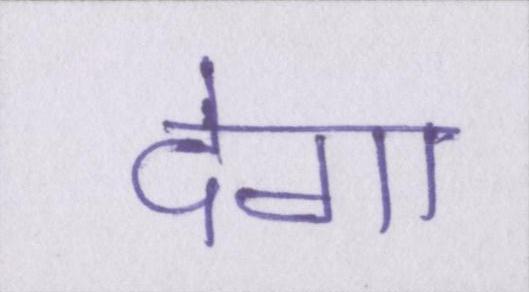
देगा